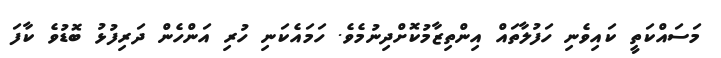
މަސައްކަތީ ކައިވެނި ހަފުލާތައް އިންތިޒާމުކޮށްދިނުމެވެ. ހަމައެކަނި ހުރި އަންހެން ދަރިފުޅު ބޮޑުވެ ކާފަ